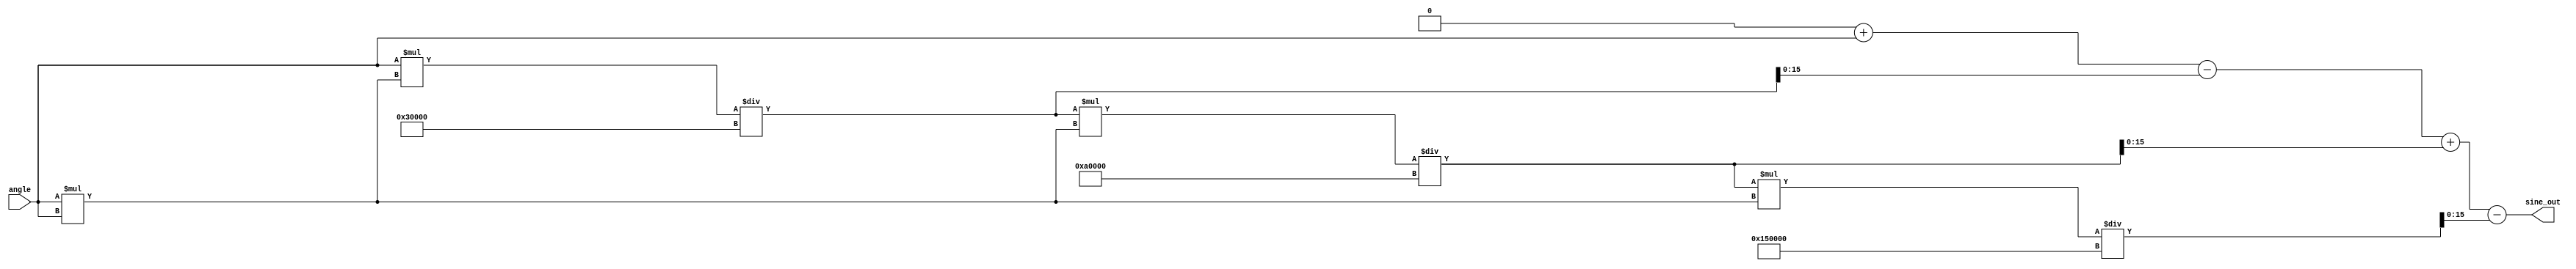
module sine_function (
    input wire [15:0] angle,  // 16-bit fixed-point input (radians)
    output reg [15:0] sine_out // 16-bit fixed-point output
);

    // Constants for Taylor series coefficients
    parameter C1 = 16'h8000; // 1 (fixed-point)
    parameter C3 = 16'h5555; // 1/6 (fixed-point)
    parameter C5 = 16'h1A36; // 1/120 (fixed-point)
    parameter C7 = 16'h0249; // 1/5040 (fixed-point)

    reg [31:0] x; // Extended precision for calculations
    reg [31:0] x_squared; // x^2
    reg [31:0] term; // Current term in the series
    integer i;

    always @(*) begin
        // Normalize angle to range [-, ]
        x = angle; // Assuming angle is already in the range [-, ]
        
        // Calculate x^2
        x_squared = x * x;

        // Initialize sine_out
        sine_out = 0;

        // Taylor series approximation
        term = x; // First term is x
        sine_out = sine_out + term[15:0]; // Add first term

        // Calculate the next terms
        for (i = 1; i <= 3; i = i + 1) begin
            if (i % 2 == 1) begin // Odd terms
                term = (term * x_squared) / (C1 * (2*i) * (2*i + 1)); // x^(2i+1)/(2i+1)!
                sine_out = sine_out - term[15:0]; // Add the term
            end else begin // Even terms
                term = (term * x_squared) / (C1 * (2*i) * (2*i + 1)); // x^(2i+1)/(2i+1)!
                sine_out = sine_out + term[15:0]; // Subtract the term
            end
        end
    end

endmodule